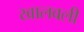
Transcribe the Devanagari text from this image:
खालवली